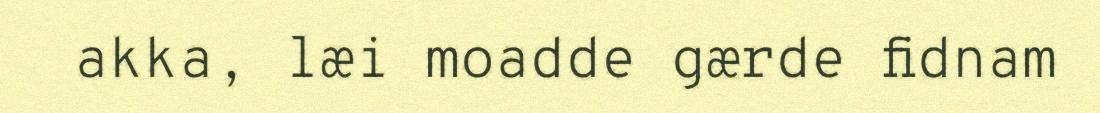
akka, læi moadde gærde fidnam